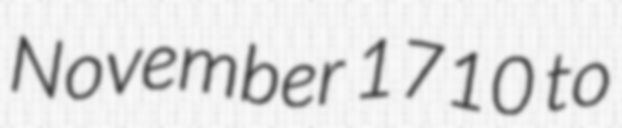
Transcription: November 1710 to